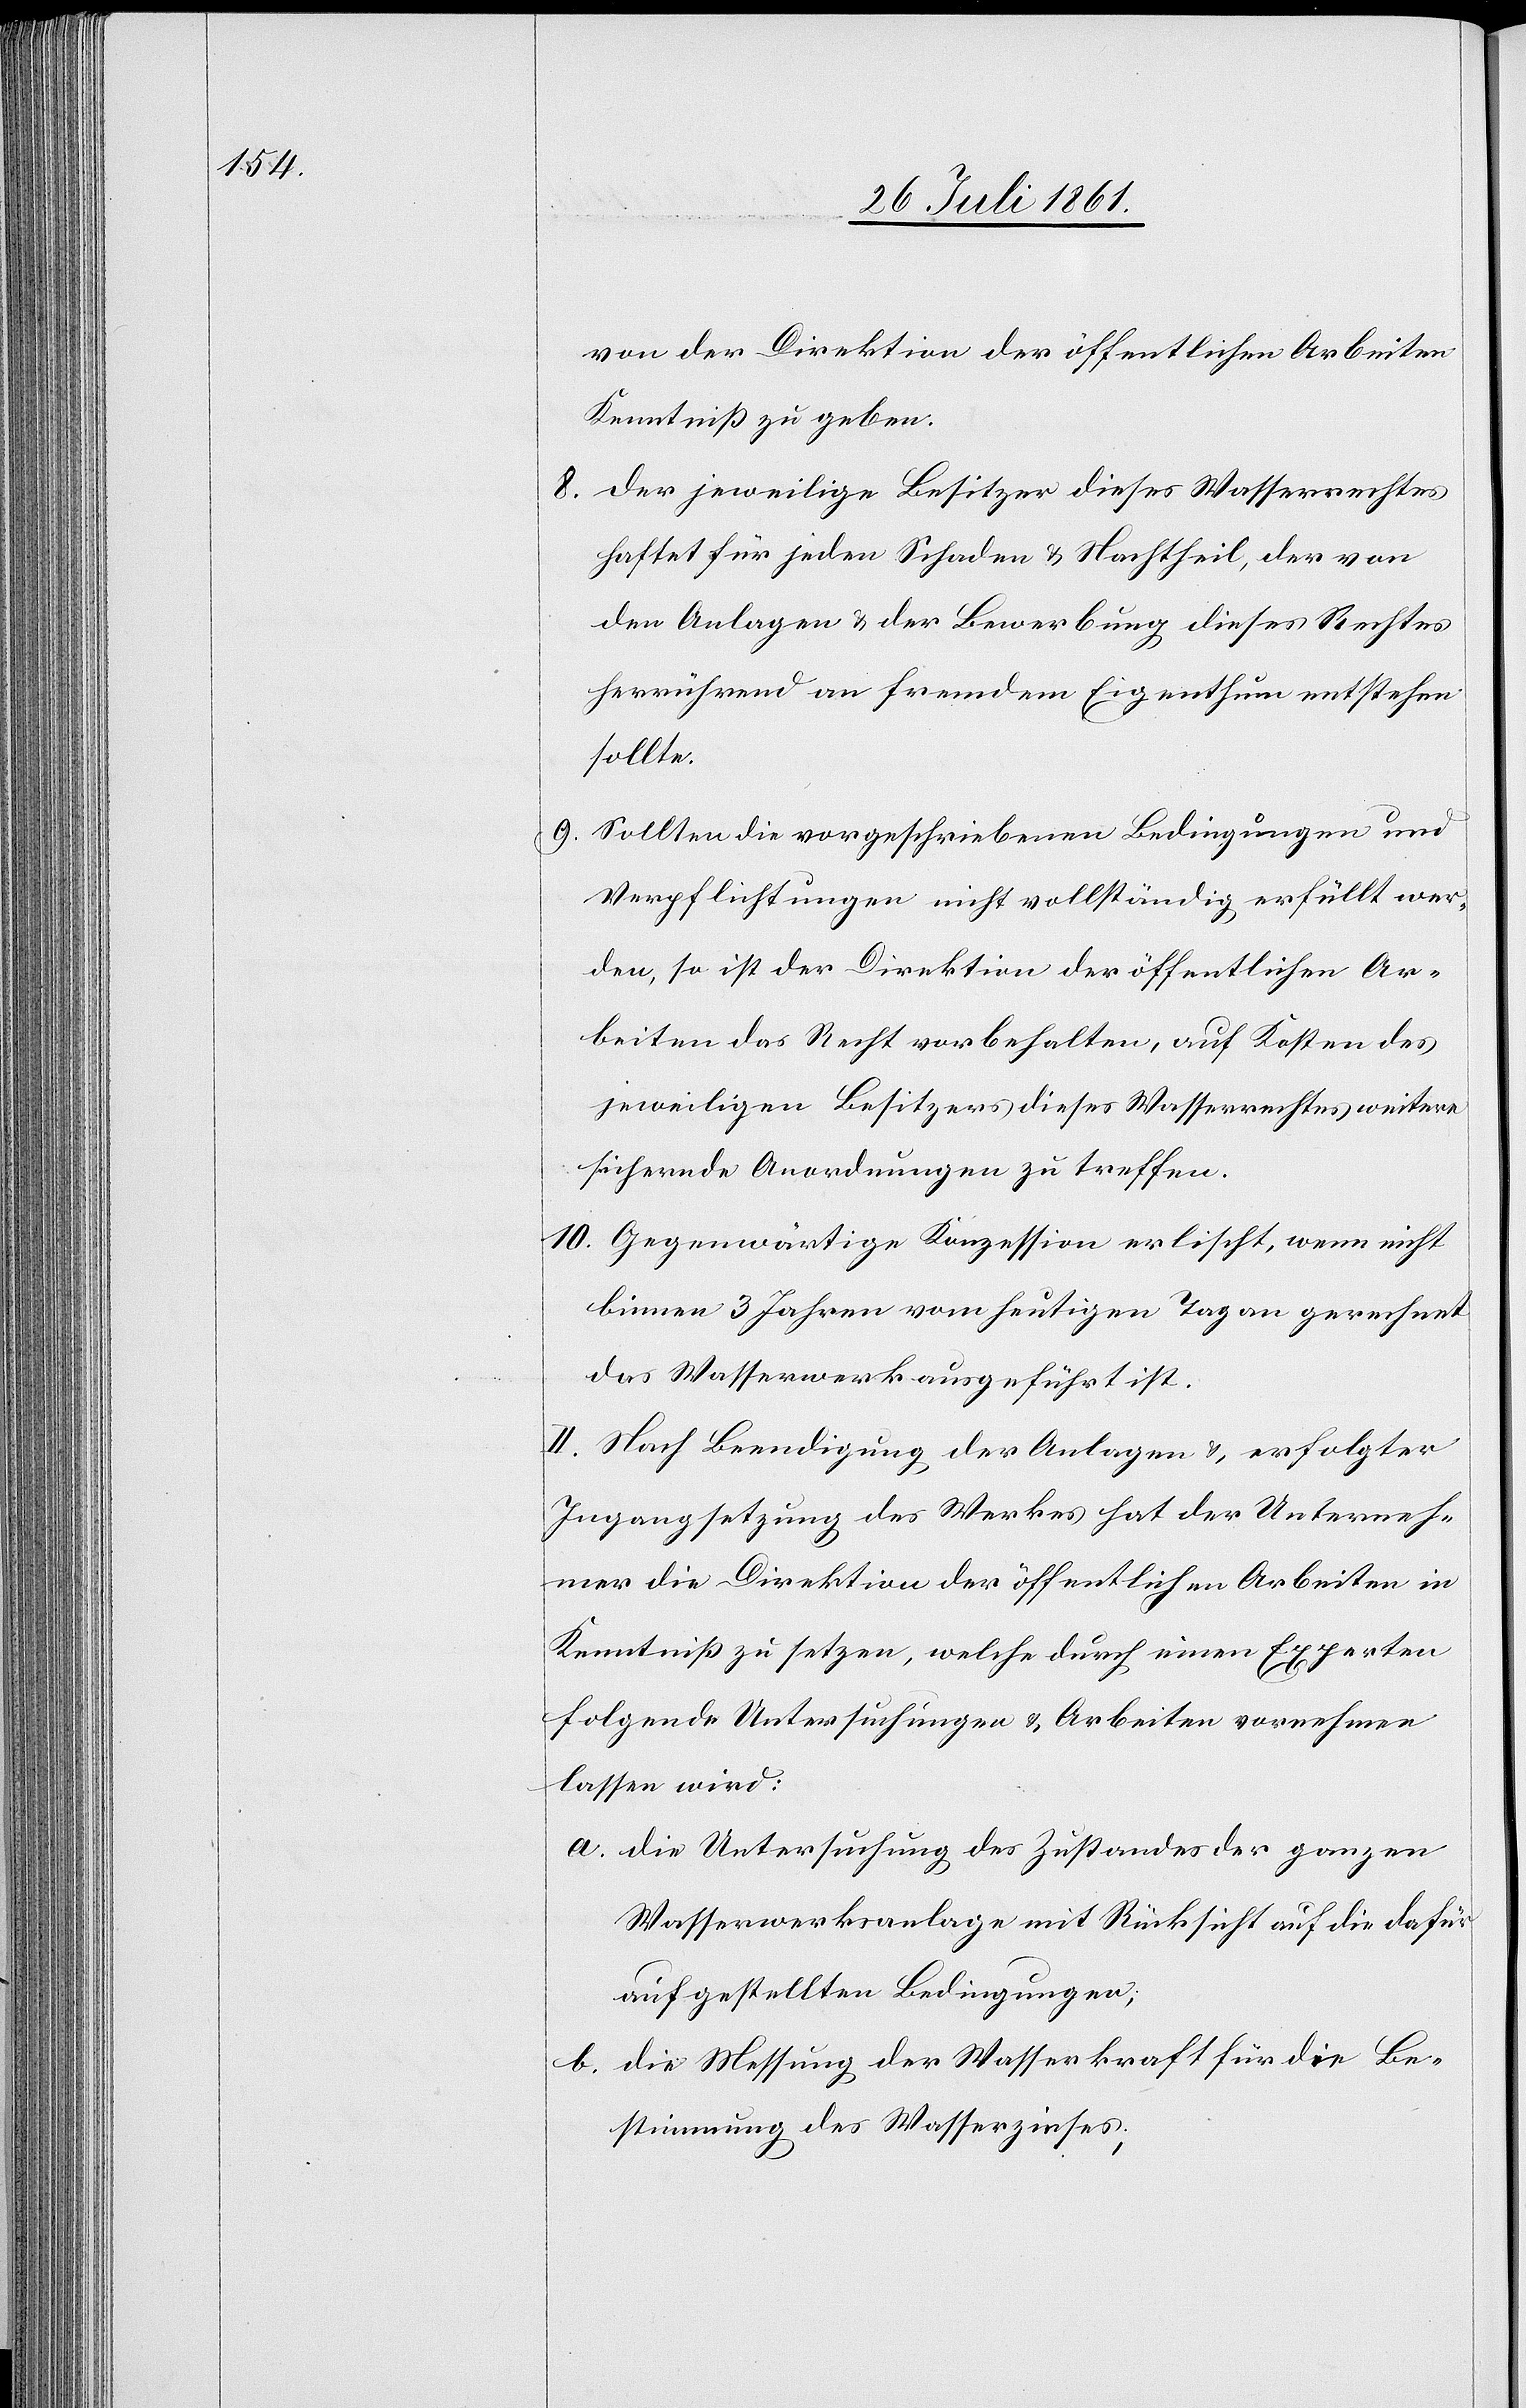
von der Direktion der öffentlichen Arbeiten
Kenntniß zu geben.
8. der jeweilige Besitzer dieses Wasserrechtes
haftet für jeden Schaden u. Nachtheil, der von
den Anlagen u. der Bewerbung dieses Rechtes
herrührend an fremdem Eigenthum entstehen
sollte.
9. Sollten die vorgeschriebenen Bedingungen und
Verpflichtungen nicht vollständig erfüllt wer¬
den, so ist der Direktion der öffentlichen Ar¬
beiten das Recht vorbehalten, auf Kosten des
jeweiligen Besitzers dieses Wasserrechtes weitere
sichernde Anordnungen zu treffen.
10. Gegenwärtige Konzession erlischt, wenn nicht
binnen 3 Jahren vom heutigen Tag an gerechnet
das Wasserwerk ausgeführt ist.
II. Nach Beendigung der Anlagen u. erfolgter
Ingangsetzung des Werkes hat der Unterneh¬
mer die Direktion der öffentlichen Arbeiten in
Kenntniß zu setzen, welche durch einen Experten
folgende Untersuchungen u. Arbeiten vornehmen
lassen wird.
a. die Untersuchung des Zustandes der ganzen
Wasserwerksanlage mit Rücksicht auf die dafür
aufgestellten Bedingungen;
b. die Messung der Wasserkraft für die Be¬
stimmung des Wasserzinses;